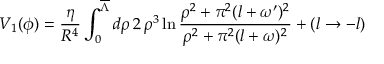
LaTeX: V _ { 1 } ( \phi ) = \frac { \eta } { R ^ { 4 } } \int _ { 0 } ^ { \overline { { \Lambda } } } { d \rho } \, 2 \, \rho ^ { 3 } \ln \frac { \rho ^ { 2 } + \pi ^ { 2 } ( l + \omega ^ { \prime } ) ^ { 2 } } { \rho ^ { 2 } + \pi ^ { 2 } ( l + \omega ) ^ { 2 } } + ( l \rightarrow - l )